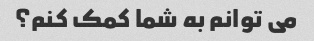
می توانم به شما کمک کنم؟